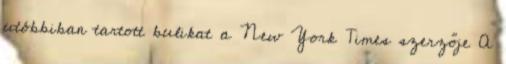
utóbbiban tartott bulikat a New York Times szerzője A